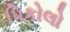
પિકોલો